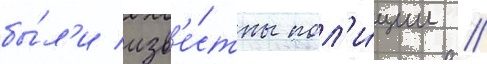
бы́л'и изв'е́стны пол'и́ции //